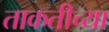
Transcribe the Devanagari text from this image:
ताकतीच्या